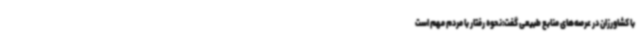
با کشاورزان در عرصه‌های منابع طبیعی گفت:نحوه رفتار با مردم مهم است